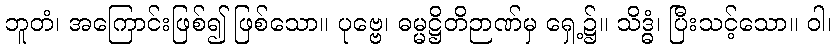
ဘူတံ၊ အကြောင်းဖြစ်၍ ဖြစ်သော။ ပုဗ္ဗေ၊ ဓမ္မဋ္ဌိတိဉာဏ်မှ ရှေ့၌။ သိဒ္ဓံ၊ ပြီးသင့်သော။ ဝါ၊